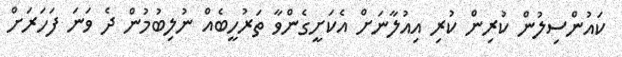
ކައުންސިލުން ކުރިން ކުރި އިއުލާނަށް އެކަށީގެންވާ ތަރުހީބެއް ނުލިބުމުން ދެ ވަނަ ފަހަރަށް